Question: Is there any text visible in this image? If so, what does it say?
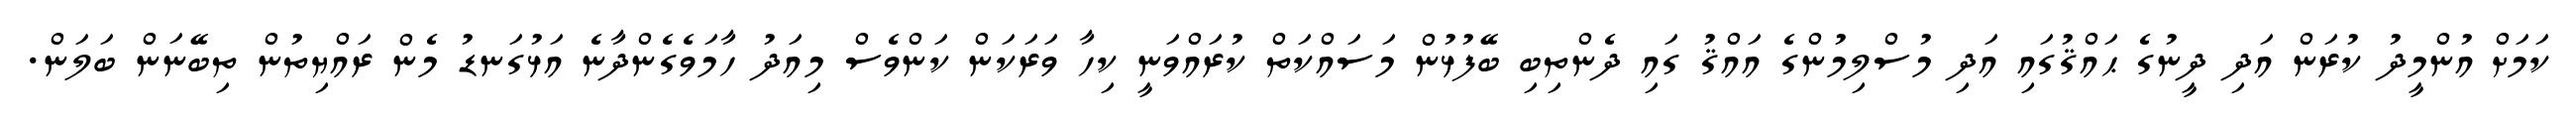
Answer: ކަމަށް އުންމީދު ކުރަން އަދި ދީނުގެ ޙައްޤުގައި އަދި މުސްލިމުންގެ އައްޤު ގައި ދެންތިބި ބޭފުޅުން މަސައްކަތް ކުރައްވަނީ ކިހާ ވަރަކަން ކަންވެސް މިއަދު ހާމަވެގެންދާނެ އަޅުގަނޑު މެން ރައްޔިތުން ތިބޭނަން ބަލަން.